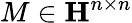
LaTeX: M\in\mathbf{H}^{n\times n}